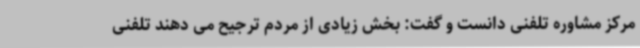
مرکز مشاوره تلفنی دانست و گفت: بخش زیادی از مردم ترجیح می دهند تلفنی